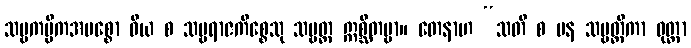
သဗ္ဗကမ္မိကအမစ္စော ဝိယ စ သဗ္ဗရာဇကိစ္စေသု သဗ္ဗတ္ထ ဣစ္ဆိတဗ္ဗာ။ တေနာဟ “သတိ စ ပန သဗ္ဗတ္ထိကာ ဝုတ္တာ